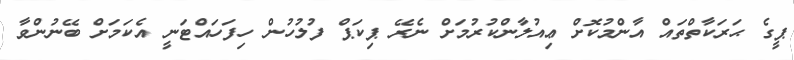
ޕީގެ ޙަރަކާތްތައް އާންމުކޮށް ޢިއުލާންކުރުމަށް ނެރޭ ޕިކަޕް ފުލުހުން ހިފަހައްޓަނީ އެކަމަށް ބޭނުންވާ